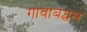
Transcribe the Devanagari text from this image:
गावाबद्धल